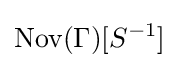
\operatorname {Nov} (\Gamma )[S^{-1}]